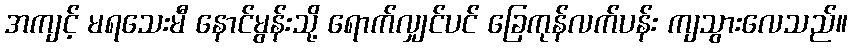
အကျင့် မရသေးမီ နောင်မွန်းသို့ ရောက်လျှင်ပင် ခြေကုန်လက်ပန်း ကျသွားလေသည်။